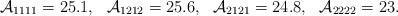
LaTeX: \begin{align*}\mathcal{A}_{1111}=25.1,~~\mathcal{A}_{1212}=25.6,~~\mathcal{A}_{2121}=24.8,~~\mathcal{A}_{2222}=23.\end{align*}